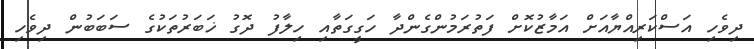
ދިވެހި އަސްކަރިއްޔާއަށް އަމާޒުކޮށް ފަތުރަމުންގެންދާ ހަަގީގަތާއި ހިލާފު ދޮގު ޚަބަރުތަކުގެ ސަބަބުން ދިވެހި